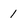
Character: 1